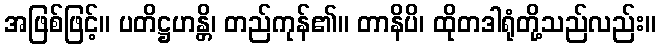
အဖြစ်ဖြင့်။ ပတိဋ္ဌဟန္တိ၊ တည်ကုန်၏။ တာနိပိ၊ ထိုတဒါရုံတို့သည်လည်း။